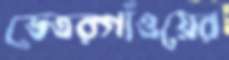
ভেতরগাঁওয়ের